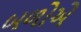
બળોએ